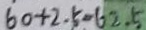
6 0 + 2 . 5 = 6 2 . 5